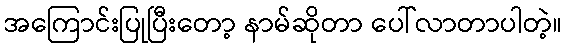
အကြောင်းပြုပြီးတော့ နာမ်ဆိုတာ ပေါ်လာတာပါတဲ့။